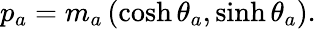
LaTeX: p_{a}=m_{a}\left(\cosh\theta_{a},\sinh\theta_{a}\right).